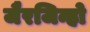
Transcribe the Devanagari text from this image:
जैरजिन्हो